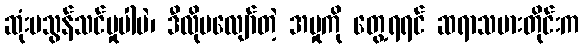
ဆုံးမသွန်သင်မှုပါပဲ၊ ဒီလိုမလျော်တဲ့ အမှုကို တွေ့ရရင် ဆရာသမားတိုင်းက